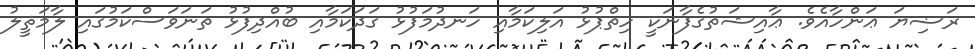
ރަޟިޔަ ޢަންހާއެވެ. ޢާއިޝަތުގެފާނަކީ ހިތްޕުޅު އަލިކަމާއި ހަނދުމަފުޅު ގަދަކަމާއި ބުއްދިފުޅު ތަނަވަސްކަމުގައި ލާމަޘީލު